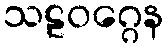
သဠဝဂ္ဂေန